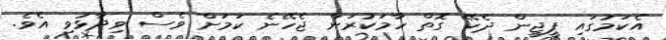
އެކަމުގައި ޕީޖީން ދެކޭ ގޮތް ހާމަކުރަން ޖެހޭނެ ކަމަށް ވެސް ވިދާޅުވި އެވެ.